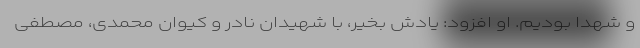
و شهدا بودیم. او افزود: یادش بخیر، با شهیدان نادر و کیوان محمدی، مصطفی